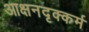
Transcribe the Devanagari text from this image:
आक्षनदृक्कर्म